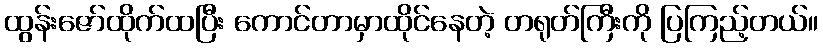
ထွန်းဇော်ထိုက်ထပြီး ကောင်တာမှာထိုင်နေတဲ့ တရုတ်ကြီးကို ပြကြည့်တယ်။